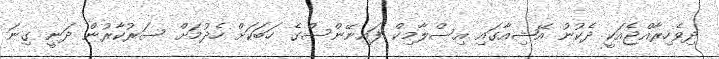
ދިވެހިރާއްޖެއަކީ ދެކުނު އޭޝިއާގައި އިސްލާމިކް ފައިނޭންސްގެ ހަބަކަށް ހެދުމަށް ސަރުކާރުން ދަނީ ގިނަ